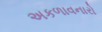
અકળાવનારો